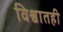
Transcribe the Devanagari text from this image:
विश्वातही